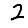
Digit: 2